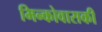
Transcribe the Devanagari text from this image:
मिन्कोवासकी